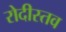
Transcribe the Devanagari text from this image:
रोदीस्तव